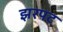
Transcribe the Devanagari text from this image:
झरपट